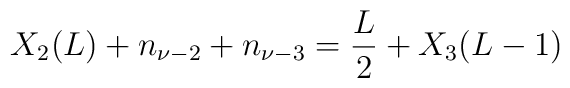
X_2(L)+n_{\nu-2}+n_{\nu-3}=\frac{L}{2}+X_3(L-1)